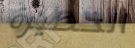
الخطيرة